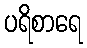
ပရိစာရေ